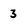
Character: 3